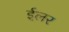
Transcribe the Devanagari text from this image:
ईलर